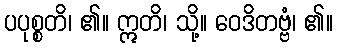
ပပုစ္စတိ၊ ၏။ ဣတိ၊ သို့။ ဝေဒိတဗ္ဗံ၊ ၏။